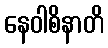
နေဝါစိနာတိ